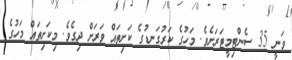
ވަނީ 35 ސެންޓިމީޓަރަށެވެ. މަހުގެ ކަރުގަނޑުގެ ކަށިތައް ވަރަށް ދިގެވެ. މިކަށިތައް މަހުގެ